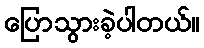
ပြောသွားခဲ့ပါတယ်။